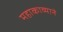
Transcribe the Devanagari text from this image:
महाकाव्याने